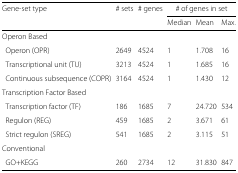
<table><thead><tr><td><b>Gene-set type</b></td><td><b># sets</b></td><td><b># genes</b></td><td colspan="3"><b># of genes in set</b></td></tr><tr><td></td><td></td><td></td><td><b>Median</b></td><td><b>Mean</b></td><td><b>Max.</b></td></tr></thead><tbody><tr><td>Operon Based</td><td></td><td></td><td></td><td></td><td></td></tr><tr><td>Operon (OPR)</td><td>2649</td><td>4524</td><td>1</td><td>1.708</td><td>16</td></tr><tr><td>Transcriptional unit (TU)</td><td>3213</td><td>4524</td><td>1</td><td>1.685</td><td>16</td></tr><tr><td>Continuous subsequence (COPR)</td><td>3164</td><td>4524</td><td>1</td><td>1.430</td><td>12</td></tr><tr><td>Transcription Factor Based</td><td></td><td></td><td></td><td></td><td></td></tr><tr><td>Transcription factor (TF)</td><td>186</td><td>1685</td><td>7</td><td>24.720</td><td>534</td></tr><tr><td>Regulon (REG)</td><td>459</td><td>1685</td><td>2</td><td>3.671</td><td>61</td></tr><tr><td>Strict regulon (SREG)</td><td>541</td><td>1685</td><td>2</td><td>3.115</td><td>51</td></tr><tr><td>Conventional</td><td></td><td></td><td></td><td></td><td></td></tr><tr><td>GO+KEGG</td><td>260</td><td>2734</td><td>12</td><td>31.830</td><td>847</td></tr></tbody></table>